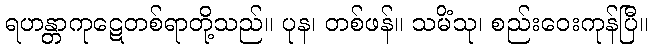
ရဟန္တာကုဋေတစ်ရာတို့သည်။ ပုန၊ တစ်ဖန်။ သမိံသု၊ စည်းဝေးကုန်ပြီ။